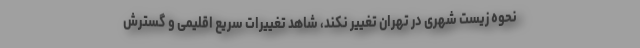
نحوه زیست شهری در تهران تغییر نکند، شاهد تغییرات سریع اقلیمی و گسترش